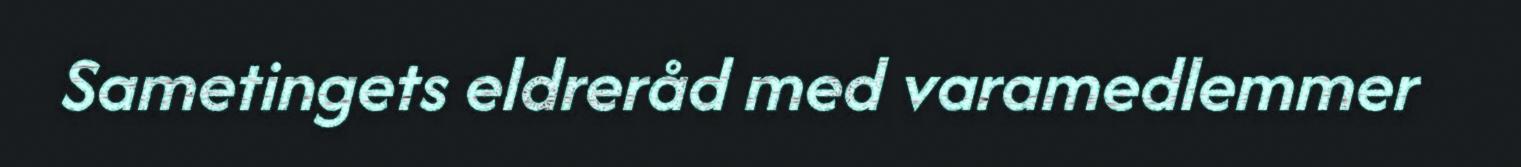
Sametingets eldreråd med varamedlemmer